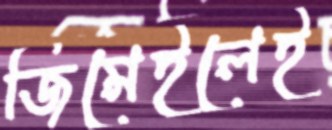
জিমেইলেই